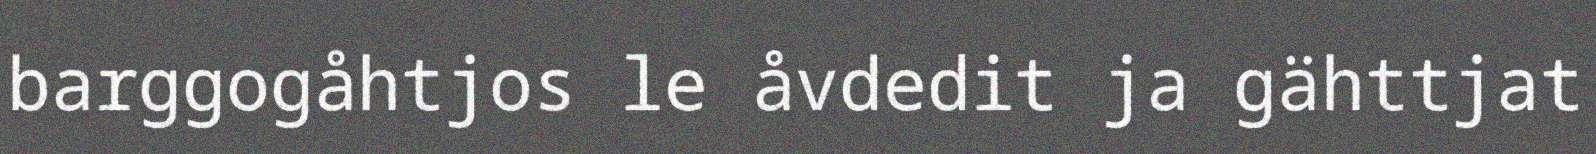
barggogåhtjos le åvdedit ja gähttjat